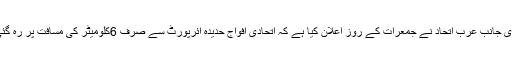
دوسری جانب عرب اتحاد نے جمعرات کے روز اعلان کیا ہے کہ اتحادی افواج حدیدہ ائرپورٹ سے صرف 6کلومیٹر کی مسافت پر رہ گئی ہیں۔